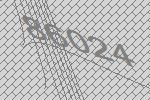
86024